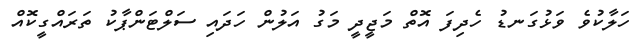
ހަލާކުވެ ވަޅުގަނޑު ހެދިފަ އޮތް މަޖީދީ މަގު އަލުން ހަދައި ސަލްޓަންޕާކު ތަރައްގީކޮއް